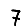
Digit: 7